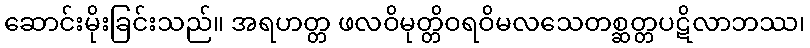
ဆောင်းမိုးခြင်းသည်။ အရဟတ္တ ဖလဝိမုတ္တိဝရဝိမလသေတစ္ဆတ္တပဋိလာဘဿ၊